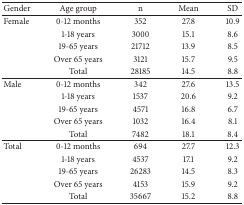
<table><thead><tr><td><b>Gender</b></td><td><b>Age group</b></td><td><b>n</b></td><td><b>Mean</b></td><td><b>SD</b></td></tr></thead><tbody><tr><td>Female</td><td>0-12 months</td><td>352</td><td>27.8</td><td>10.9</td></tr><tr><td> </td><td>1-18 years</td><td>3000</td><td>15.1</td><td>8.6</td></tr><tr><td> </td><td>19-65 years</td><td>21712</td><td>13.9</td><td>8.5</td></tr><tr><td> </td><td>Over 65 years</td><td>3121</td><td>15.7</td><td>9.5</td></tr><tr><td> </td><td>Total</td><td>28185</td><td>14.5</td><td>8.8</td></tr><tr><td>Male</td><td>0-12 months</td><td>342</td><td>27.6</td><td>13.5</td></tr><tr><td> </td><td>1-18 years</td><td>1537</td><td>20.6</td><td>9.2</td></tr><tr><td> </td><td>19-65 years</td><td>4571</td><td>16.8</td><td>6.7</td></tr><tr><td> </td><td>Over 65 years</td><td>1032</td><td>16.4</td><td>8.1</td></tr><tr><td> </td><td>Total</td><td>7482</td><td>18.1</td><td>8.4</td></tr><tr><td>Total</td><td>0-12 months</td><td>694</td><td>27.7</td><td>12.3</td></tr><tr><td> </td><td>1-18 years</td><td>4537</td><td>17.1</td><td>9.2</td></tr><tr><td> </td><td>19-65 years</td><td>26283</td><td>14.5</td><td>8.3</td></tr><tr><td> </td><td>Over 65 years</td><td>4153</td><td>15.9</td><td>9.2</td></tr><tr><td> </td><td>Total</td><td>35667</td><td>15.2</td><td>8.8</td></tr></tbody></table>